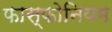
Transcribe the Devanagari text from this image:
फास्फोनियम